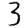
Digit: 3